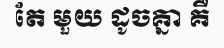
តែ មួយ ដូចគ្នា គឺ